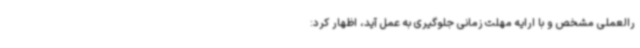
رالعملی مشخص و با ارایه مهلت زمانی جلوگیری به عمل آید، اظهار کرد: